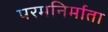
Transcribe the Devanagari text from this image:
परमनिर्माता